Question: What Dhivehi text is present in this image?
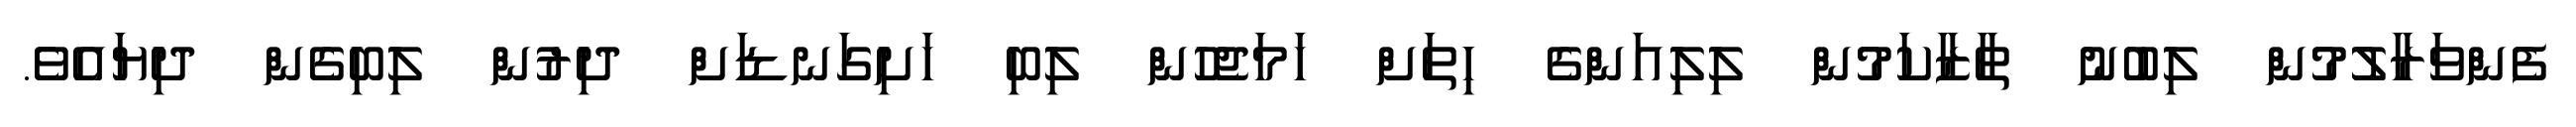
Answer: ފެންވަރާލުމުން ލިބުނު ތާޒާކަމުން ލިލިއަންގެ ހިތަށް ހަމަޖެހުން ލިބި ހަށިގަނޑަށް ދިރުން ލިބިގެން ދިޔައެވެ.